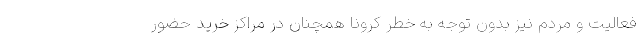
فعالیت و مردم نیز بدون توجه به خطر کرونا همچنان در مراکز خرید حضور